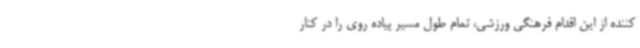
کننده از این اقدام فرهنگی ورزشی، تمام طول مسیر پیاده روی را در کنار